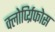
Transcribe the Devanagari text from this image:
क्लोर्प्य्रिफोस